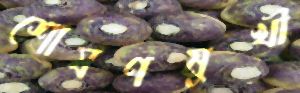
শোষণমুখী